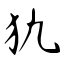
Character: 犰